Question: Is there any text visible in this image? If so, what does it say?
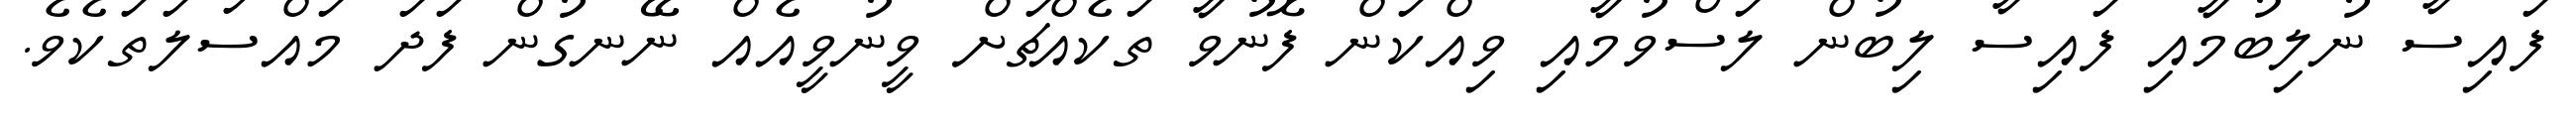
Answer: ފައިސާ ނުލިބުމާއި ފައިސާ ލިބުން ލަސްވުމާއި ވިއްކަން ފޮނުވާ ތަކެއްޗަށް ވީނުވީއެއް ނޭނގުން ފަދަ މައްސަލަތަކެވެ.